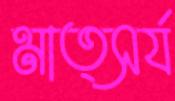
মাত্সর্য